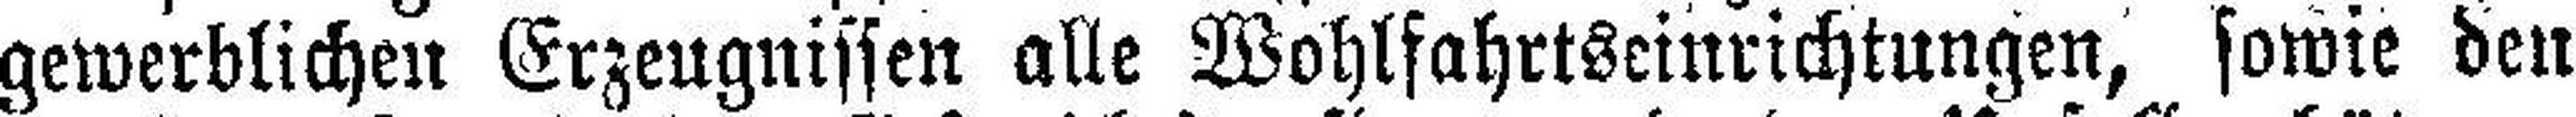
gewerblichen Erzeugnissen alle Wohlfahrtseinrichtungen, sowie den